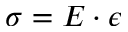
\sigma = E \cdot \epsilon